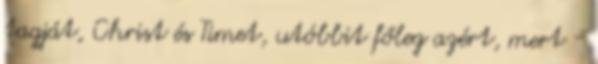
tagját, Christ és Timet, utóbbit főleg azért, mert -